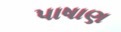
પાષાણ